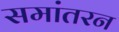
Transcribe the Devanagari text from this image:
समांतरन